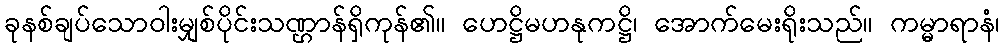
ခုနစ်ချပ်သောဝါးမျှစ်ပိုင်းသဏ္ဌာန်ရှိကုန်၏။ ဟေဋ္ဌိမဟနုကဋ္ဌိ၊ အောက်မေးရိုးသည်။ ကမ္မာရာနံ၊